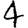
Digit: 4